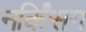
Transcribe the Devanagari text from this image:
नर्किंसग